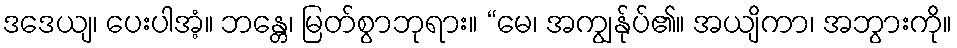
ဒဒေယျ၊ ပေးပါအံ့။ ဘန္တေ၊ မြတ်စွာဘုရား။ “မေ၊ အကျွန်ုပ်၏။ အယျိကာ၊ အဘွားကို။